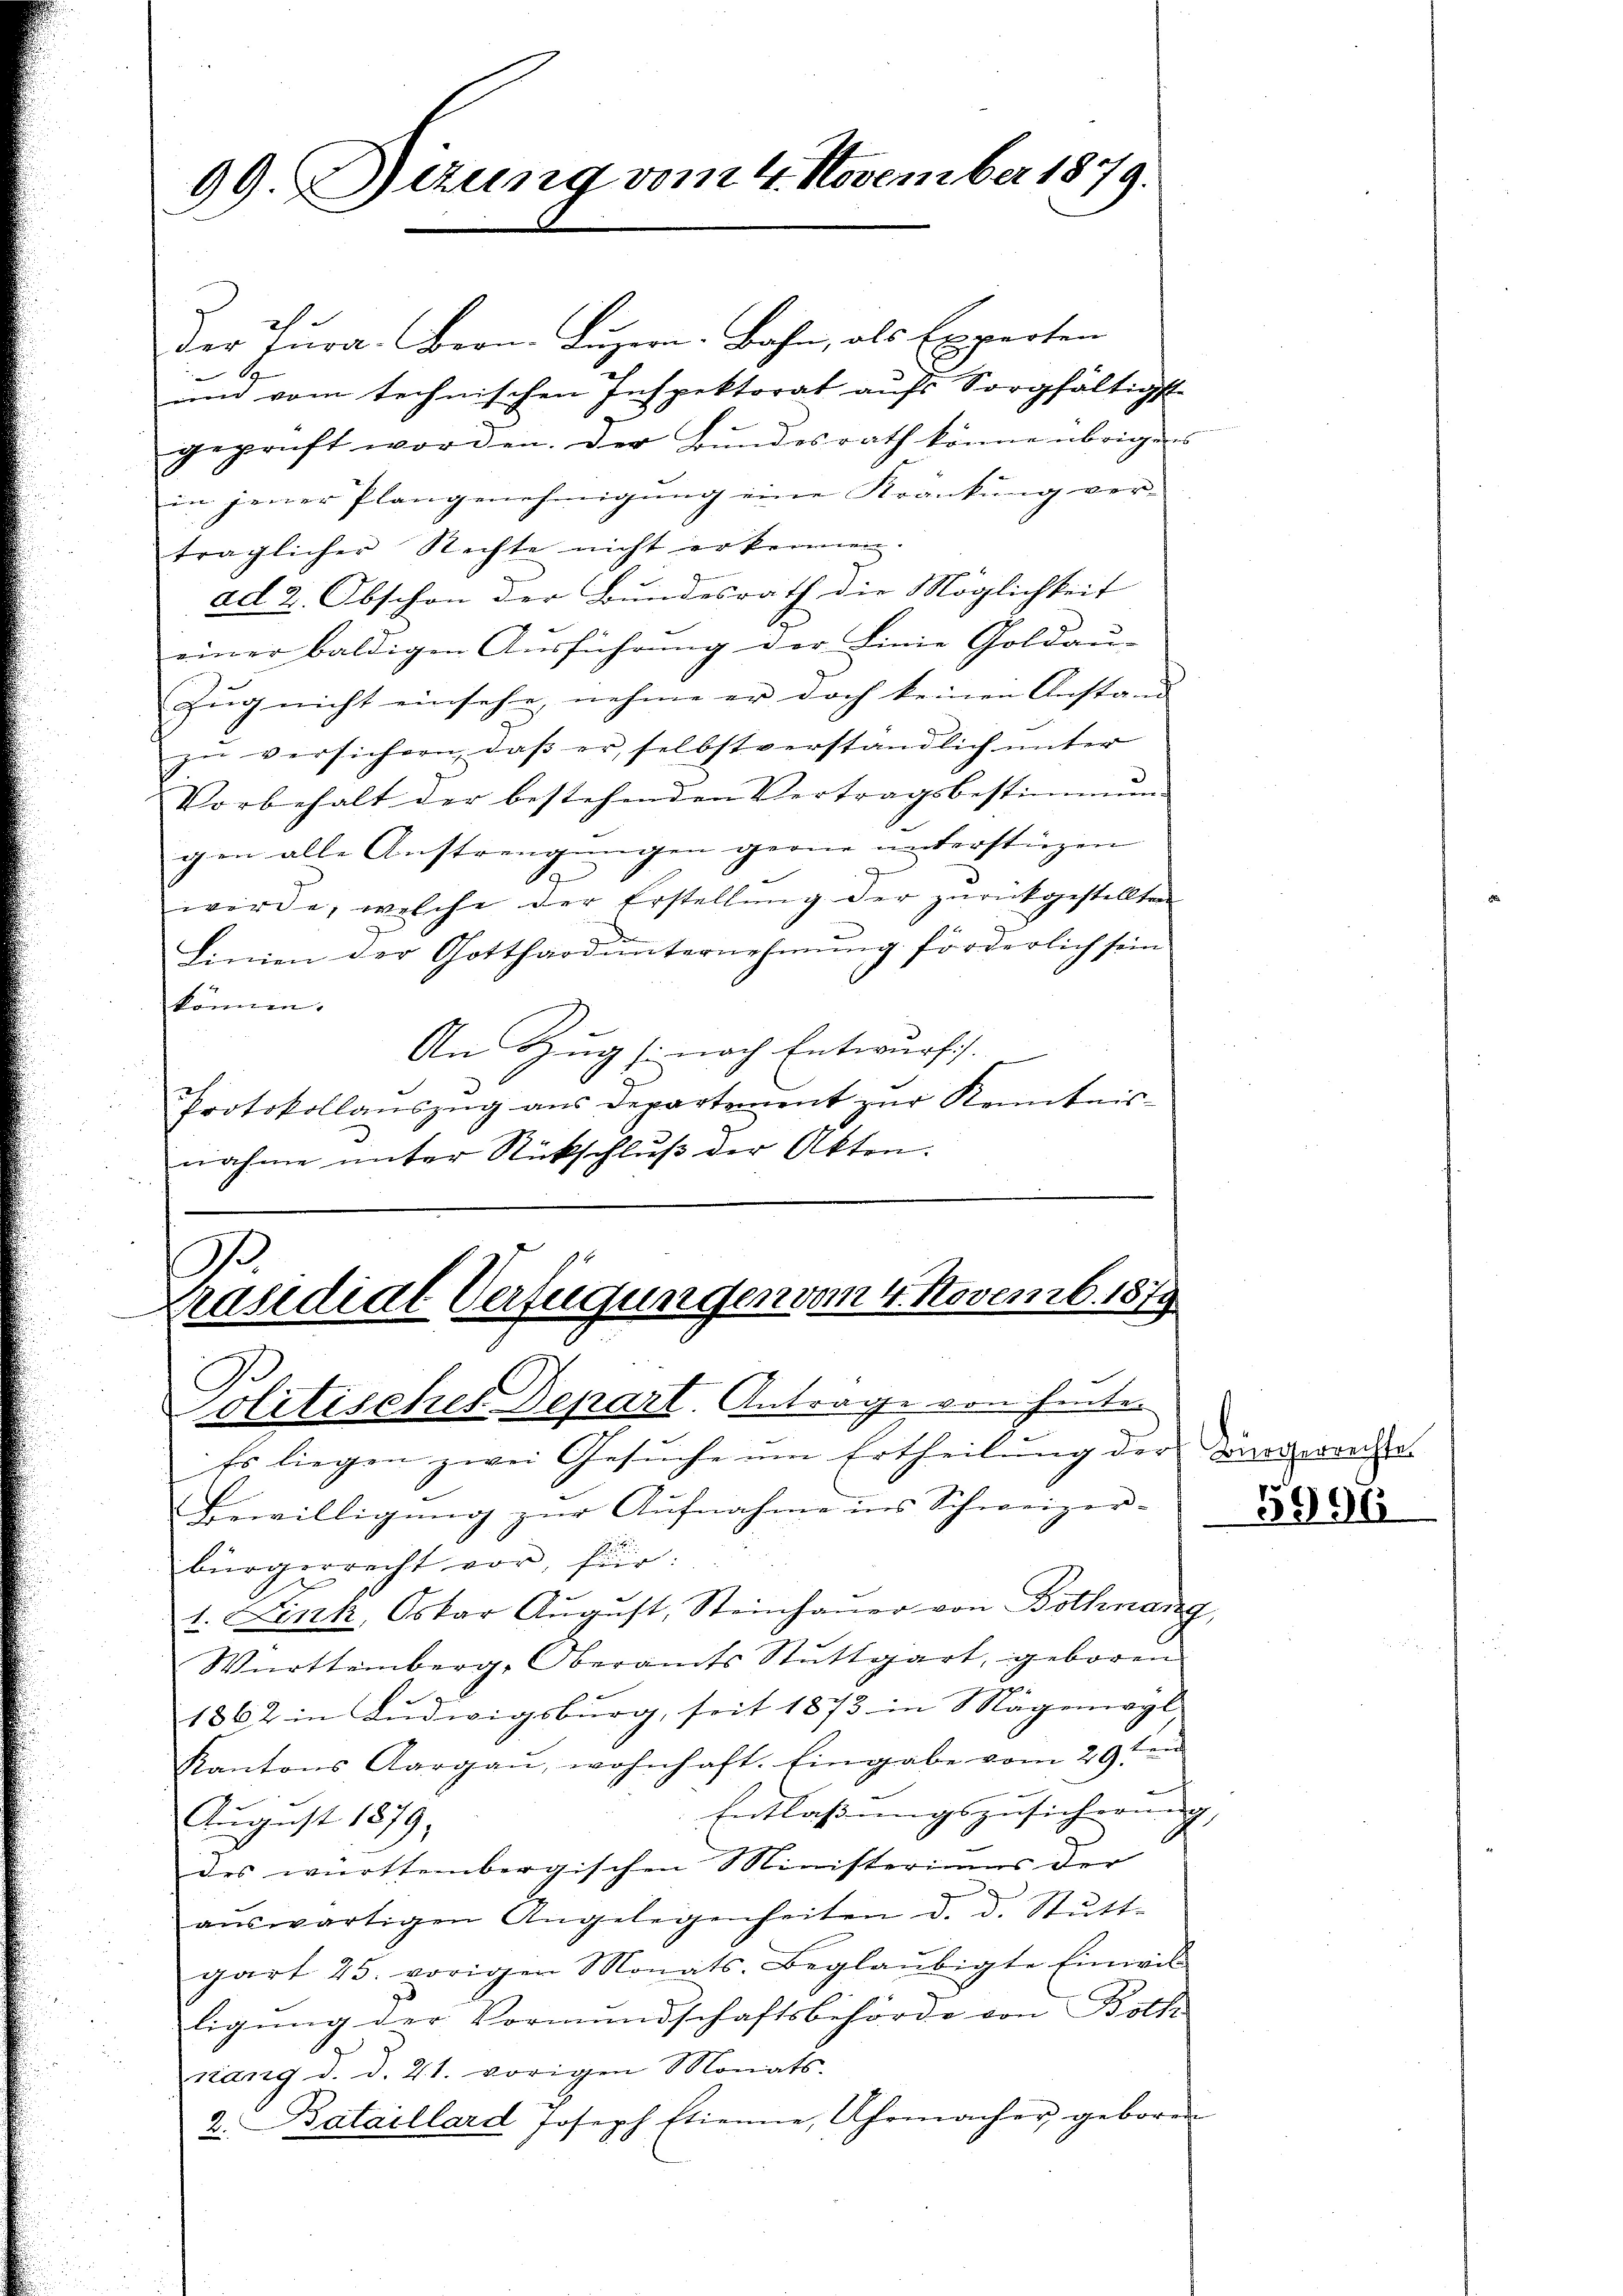
99. Sitzung vom 4. November 1879.

Der Jura. Fron. Luzern. Bahn, als Experten
G
un vom technischen Inspektorat aufs Sorgfältigste
geprüft worden. Der Bŭndesrath könnenbrigens
in jener Plangenehmigŭng eine Kränkung ver-
träglicher Rechte nicht erkennen.
ad 2. Obschon der Bundesrath die Möglichkeit
einer baldigen Aŭsführŭng der Linie Goldaŭ-
Zŭg nicht einsehe, nehme er doch keinen Anstand
zŭ versichern, daβ er selbstverständlich unter
Vorbehalt der bestehenden Vertragsbestimmun
gen alle Austrengungen gerne unterstiegen
1
würde, welche der Erstellung der zurückgestellten
Linien der Gotthard ŭnternehmŭng förderlich sein
können.
An Zug (: nach Entwurfs.
Protokollaŭszŭg ans Departement zŭr Kenntnis-
nahme unter Rückschluß der Akten.

.
Präsidial-Verfügungen vom 4. Novemb. 1879
Politisches Depart. Antrage von heuten

Es liegen zwei Gesuche um Ertheilung der Zuwende
Bewilligŭng zŭr Aŭfnahme ins Schweizer-
bürgerrecht vor, für:
1. Fink, Oskar Aŭgŭst, Steinhaŭer von Bothnang,
Württemberg, Oberamts Stuttgart, geboren
1862 in Ludwigsburg, seit 1873 in Mägenwyl,
auf
Kantons Aargaŭ, wohnhaft. Eingabe vom 29.
Entlassungszusicherung,
August 1879,
des württenbergischen Ministeriums der
aŭswärtigen Angelegenheiten d. d. Stŭtt-
gart 25. vorigen Monats-Beglaŭbigte Einwil
ligŭng der Vormundschaftsbehörde von Both
nang d. d. 21. vorigen Monats-
2. Bataillard Joseph Etienne, Uhrmacher geboren

5996